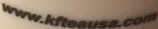
www.kfteausa.com